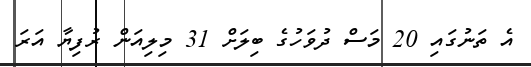
އެ ތަނުގައި 20 މަސް ދުވަހުގެ ބިލަށް 31 މިލިއަން ރުފިޔާ އަރަ